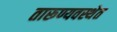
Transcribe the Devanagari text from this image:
तारूण्यवस्थेत